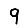
Digit: 9